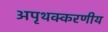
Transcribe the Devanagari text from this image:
अपृथक्करणीय